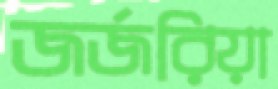
জর্জরিয়া